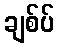
ချစ်ပ်